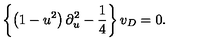
\left\{ \left( 1 - u ^ { 2 } \right) \partial _ { u } ^ { 2 } - \frac { 1 } { 4 } \right\} v _ { D } = 0 .